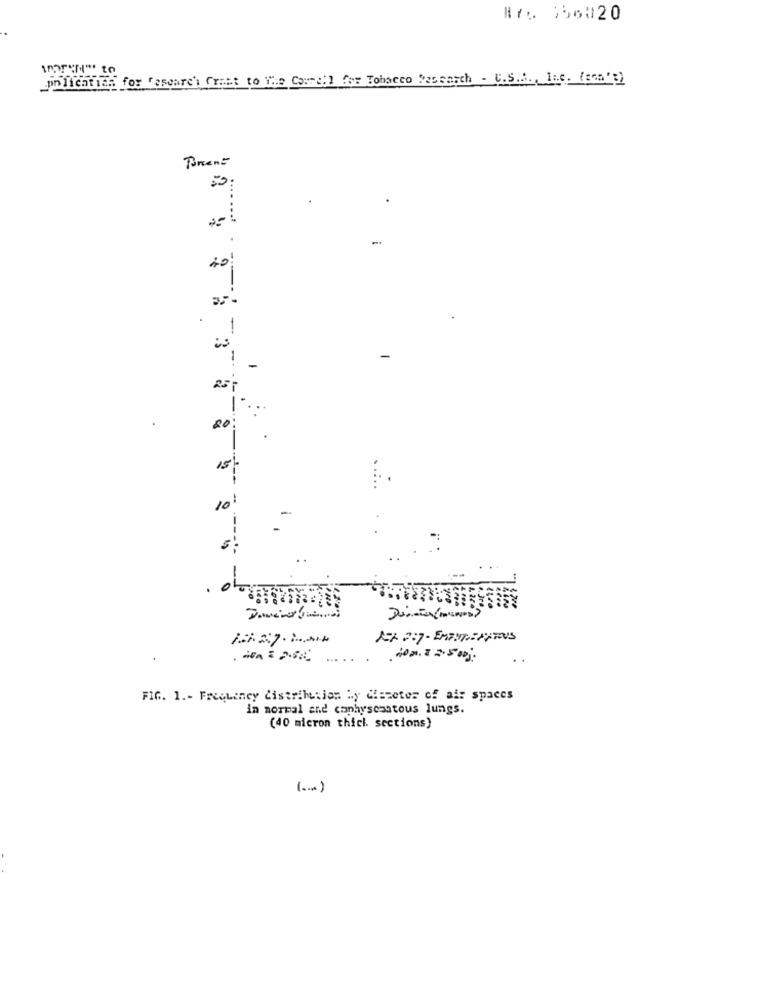
#7% 256020
prilication for Cascare'i frant to The Coreil for Tobacco Pasearch - U.S.A ., Inc. (can't)
Resto
Porent
40
-
25
20
15
10
0
FIG. 1 .- Frequency distribution by diameter of air spaces
in normal and cophyscontous lungs.
(40 micron thick sections)
( ... )